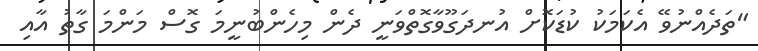
"ތަދެއްނުވޭ އެކަމަކު ކުޑަކޮށް އުނދަގޫވާގޮތްވަނީ ދެން މިހެންބުނީމަ ގޮސް މަންމަ ގާތު އާއި